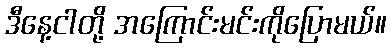
ဒီနေ့ငါတို့ အကြောင်းမင်းကိုပြောမယ်။